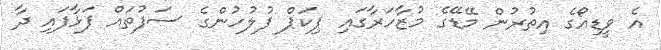
އެ ވީޑިއޯގެ އިތުރުން މޭޑޭގެ މުޒާހަރާގައި ޕިކަޕް ފުލުހުންގެ ސަފުތައް ފަޅާފައި ދާ